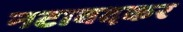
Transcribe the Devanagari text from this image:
नटावदकर